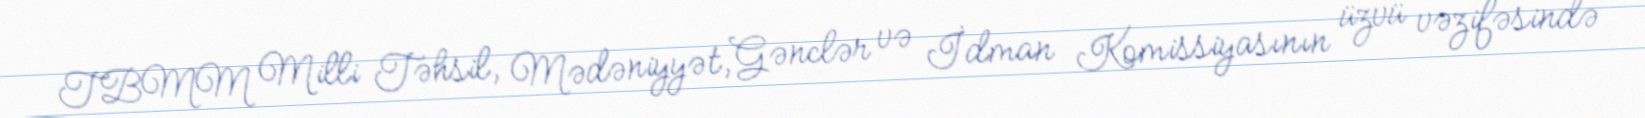
TBMM Milli Təhsil, Mədəniyyət, Gənclər və İdman Komissiyasının üzvü vəzifəsində